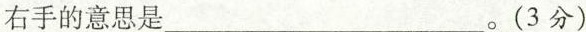
右手的意思是___。(3分)